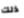
ذلك